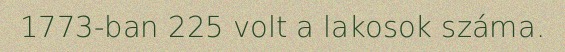
1773-ban 225 volt a lakosok száma.